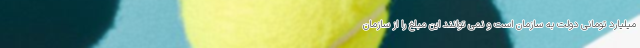
میلیارد تومانی دولت به سازمان است و نمی توانند این مبلغ را از سازمان